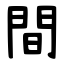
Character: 間